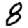
Digit: 8